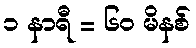
၁ နာရီ = ၆၀ မိနစ်